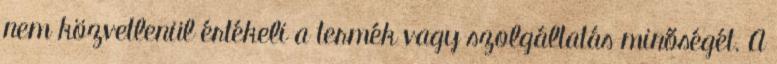
nem közvetlenül értékeli a termék vagy szolgáltatás minőségét. A